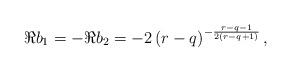
LaTeX: \begin{align*} \Re b_1=-\Re b_2 = -2 \left(r-q\right)^{ -\frac{r-q-1}{2(r-q+1)}},\end{align*}